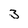
Character: 3